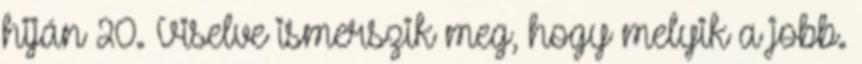
hiján 20. Viselve ismerszik meg, hogy melyik a jobb.